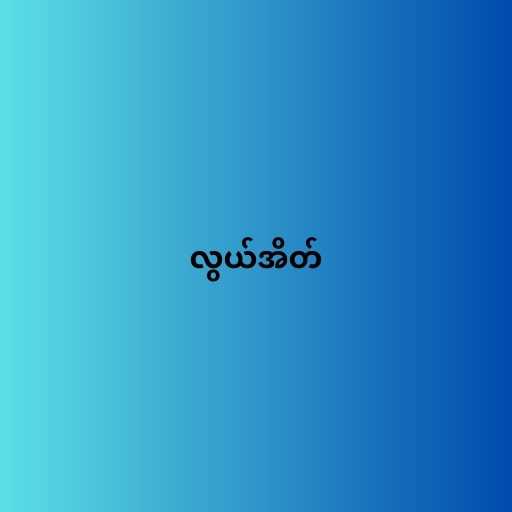
လွယ်အိတ်